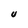
Character: u